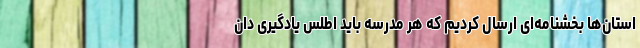
استان‌ها بخشنامه‌ای ارسال کردیم که هر مدرسه باید اطلس یادگیری دان